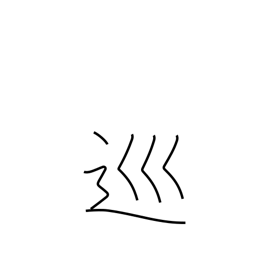
Meaning: patrol